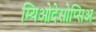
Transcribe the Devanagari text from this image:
म्यिओदेसोप्सिअ